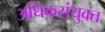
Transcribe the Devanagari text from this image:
अधिकसंयुक्त